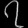
Digit: ၇